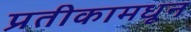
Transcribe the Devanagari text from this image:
प्रतीकामधून